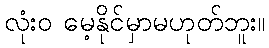
လုံးဝ မေ့နိုင်မှာမဟုတ်ဘူး။